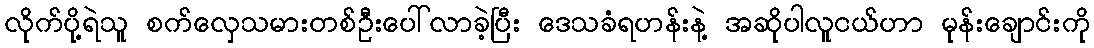
လိုက်ပို့ရဲသူ စက်လှေသမားတစ်ဦးပေါ်လာခဲ့ပြီး ဒေသခံရဟန်းနဲ့ အဆိုပါလူငယ်ဟာ မုန်းချောင်းကို